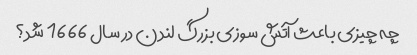
چه چیزی باعث آتش سوزی بزرگ لندن در سال 1666 شد؟